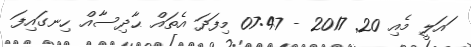
ައަލީ މެއި 20